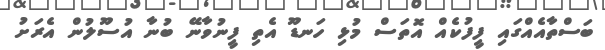
ބަސްތާއެއްގައި ފީފުކެއް އޮތަސް މުޅި ހަނޑޫ އެތި ފީނުވާނޭ ބުނާ އުސޫލުން އެރަށު